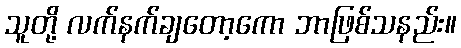
သူတို့ လက်နက်ချတော့ကော ဘာဖြစ်သနည်း။